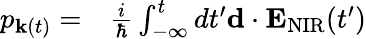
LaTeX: \begin{array}{rl}{p_{{\mathbf k}(t)}=}&{{}\frac{i}{\hbar}\int_{-\infty}^{t}dt^{\prime}{\mathbf d}\cdot{\mathbf E}_{\mathrm{NIR}}(t^{\prime})}\end{array}